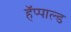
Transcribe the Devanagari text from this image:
हॅप्पाल्ड